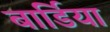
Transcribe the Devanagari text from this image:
बार्डिया